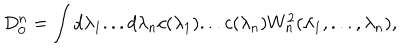
D _ { 0 } ^ { n } = \int d \lambda _ { 1 } . . . d \lambda _ { n } c ( \lambda _ { 1 } ) . . . c ( \lambda _ { n } ) W _ { n } ^ { 2 } ( \lambda _ { 1 } , . . . , \lambda _ { n } ) ,